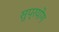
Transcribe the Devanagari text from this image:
सुप्रयोग